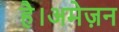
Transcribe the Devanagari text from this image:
है।अमेज़न